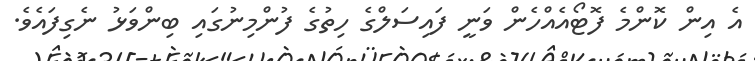
އެ އިން ކޮންމެ ފޮޓޯއެއްހެން ވަނީ ފައިސަލްގެ ހިތުގެ ފުންމިނުގައި ބިންވަޅު ނެގިފައެވެ.